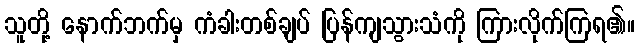
သူတို့ နောက်ဘက်မှ ကံခါးတစ်ချပ် ပြန်ကျသွားသံကို ကြားလိုက်ကြရ၏။